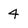
Character: 4